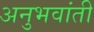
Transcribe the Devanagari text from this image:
अनुभवांती